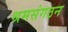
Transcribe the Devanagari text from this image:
श्रमसंगठन